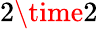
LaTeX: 2\time 2